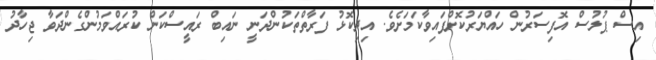
އިސް ޕުލުސް އޮފިސަރުން ހައްޔަރުކޮށްފައިވާކަމަށެވެ. އިދިކޮޅު ފަރާތްތަކުންދަނީ ނައިބް ރައީސްކަން ކުރައްވަމުންގެންދަވާ ޖިހާދު